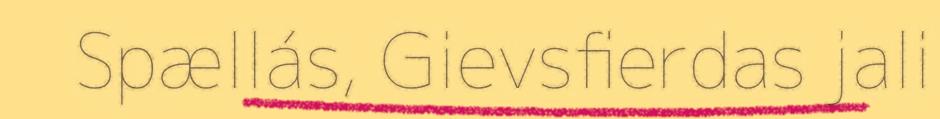
Spællás, Gievsfierdas jali